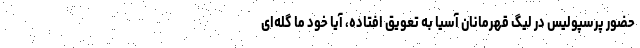
حضور پرسپولیس در لیگ قهرمانان آسیا به تعویق افتاده، آیا خود ما گله‌ای